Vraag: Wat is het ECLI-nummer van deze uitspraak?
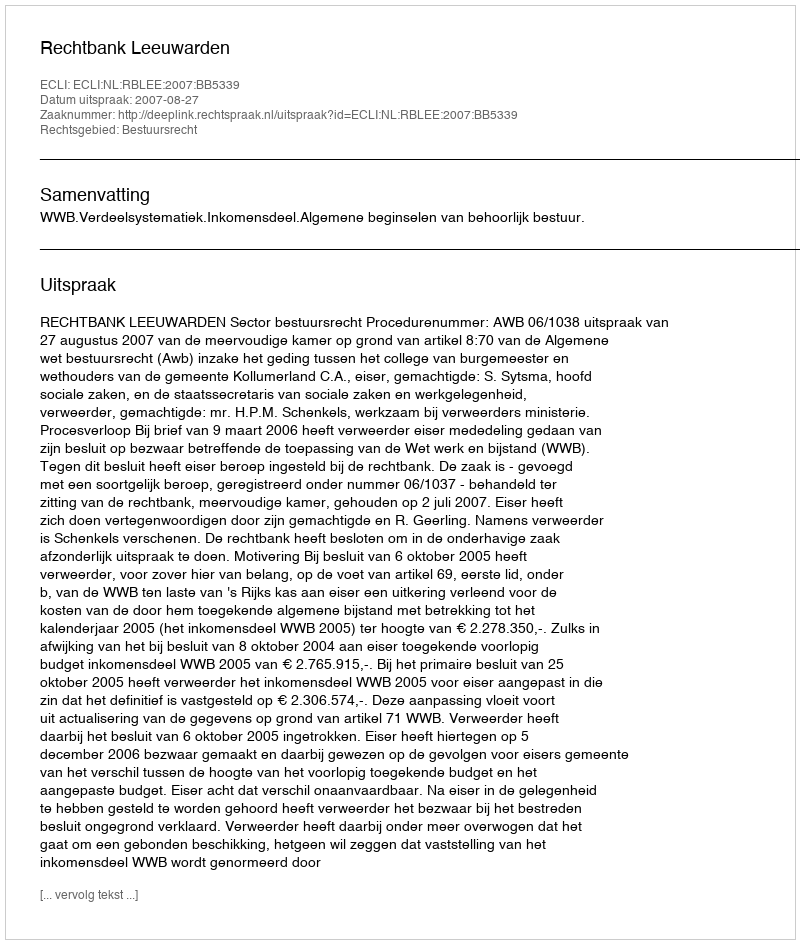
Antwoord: ECLI:NL:RBLEE:2007:BB5339